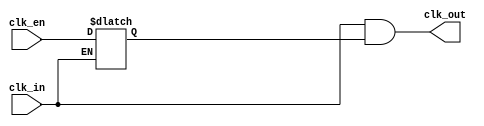
module uv_clk_gate
(
    input                   clk_in,
    input                   clk_en,
    output                  clk_out
);

`ifdef ASIC

    // Cell instantiation for specific process.

`elsif FPGA

    // Bypass clock gating for FPGA.
    assign clk_out = clk_in;

`else // SIMULATION

    reg en;

    // Latch.
    always @(*) begin
        if (~clk_in) begin
            en = clk_en;
        end
    end

    assign clk_out = clk_in & en;

`endif

endmodule